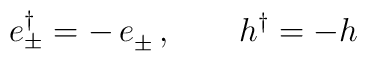
e_{\pm}^\dag = - \,e_{\pm}^{}\,,\qquad h^{\dag}_{}=-h